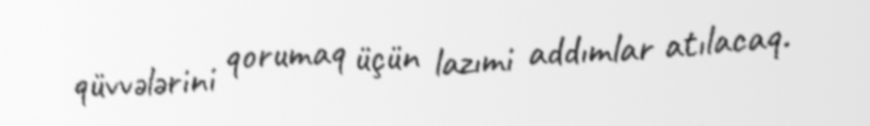
qüvvələrini qorumaq üçün lazımi addımlar atılacaq.